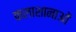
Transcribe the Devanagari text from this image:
कलाशानाओं